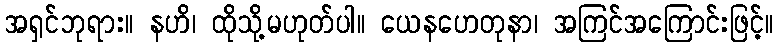
အရှင်ဘုရား။ နဟိ၊ ထိုသို့မဟုတ်ပါ။ ယေနဟေတုနာ၊ အကြင်အကြောင်းဖြင့်။